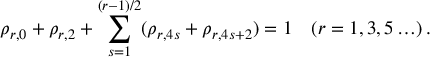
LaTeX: \rho _ { r , 0 } + \rho _ { r , 2 } + \sum _ { s = 1 } ^ { ( r - 1 ) / 2 } ( \rho _ { r , 4 s } + \rho _ { r , 4 s + 2 } ) = 1 \quad ( r = 1 , 3 , 5 \ldots ) \, .